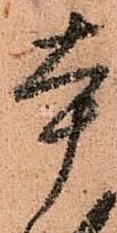
本